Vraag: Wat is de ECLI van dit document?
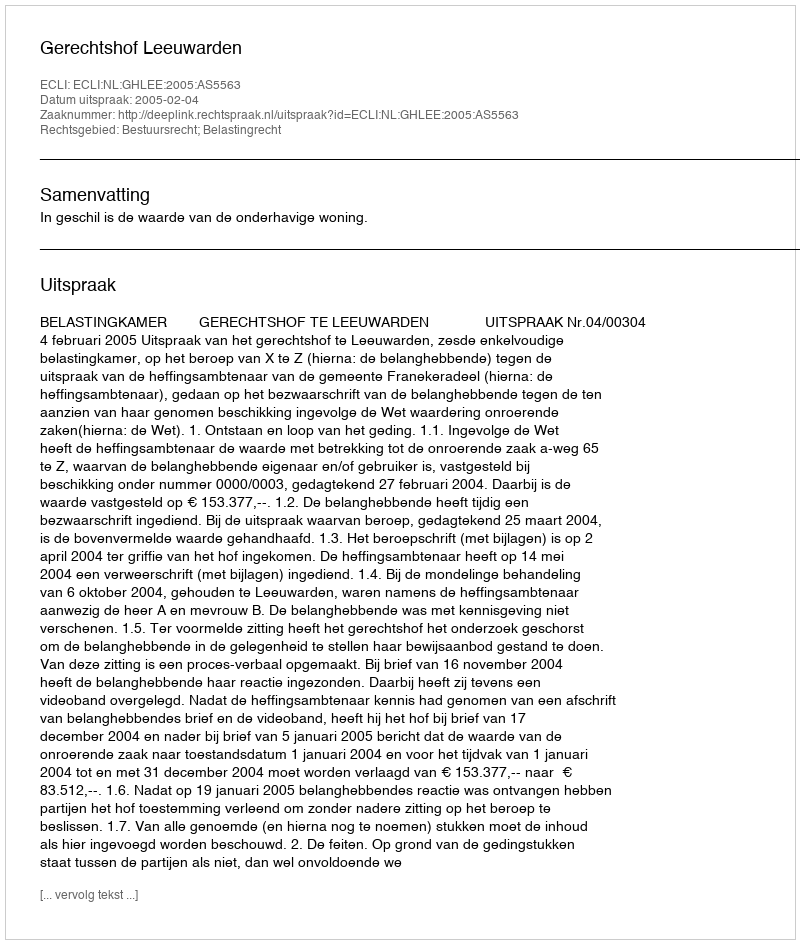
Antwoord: ECLI:NL:GHLEE:2005:AS5563